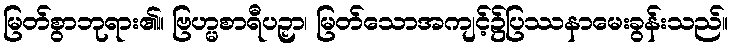
မြတ်စွာဘုရား၏။ ဗြဟ္မစာရီပဉှာ၊ မြတ်သောအကျင့်၌ပြဿနာမေးခွန်းသည်။